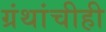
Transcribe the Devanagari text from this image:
ग्रंथांचीही